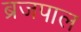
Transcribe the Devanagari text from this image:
ब्रजपाल